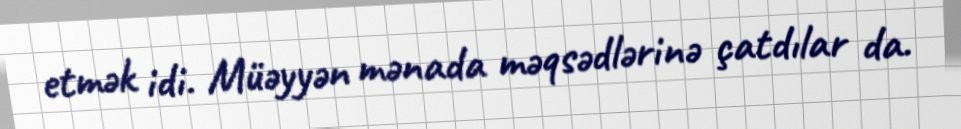
etmək idi. Müəyyən mənada məqsədlərinə çatdılar da.